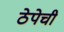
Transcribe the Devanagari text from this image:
ठेपेची